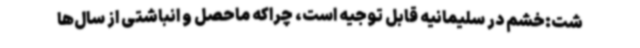
شت:خشم در سلیمانیه قابل توجیه است، چراکه ماحصل و انباشتی از سال‌ها